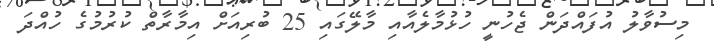
މިސުވާލު އުފައްދަން ޖެހުނީ ހުޅުމާލެއާއި މާލޭގައި 25 ބުރިއަށް އިމާރާތް ކުރުމުގެ ހުއްދަ